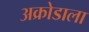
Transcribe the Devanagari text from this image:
अक्रोडाला